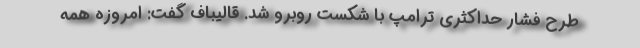
طرح فشار حداکثری ترامپ با شکست روبرو شد. قالیباف گفت: امروزه همه